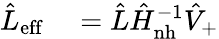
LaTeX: \begin{array}{rl}{\hat{L}_{\mathrm{eff}}}&{{}=\hat{L}\hat{H}_{\mathrm{nh}}^{-1}\hat{V}_{+}}\end{array}